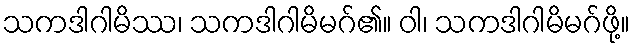
သကဒါဂါမိဿ၊ သကဒါဂါမိမဂ်၏။ ဝါ၊ သကဒါဂါမိမဂ်ဖို့။